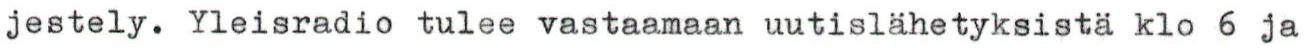
jestely. Yleisradio tulee vastaamaan uutislähetyksistä klo 6 ja